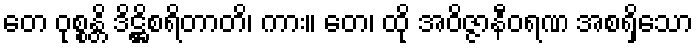
တေ ဝုစ္စန္တိ ဒိဋ္ဌိစရိတာတိ၊ ကား။ တေ၊ ထို အဝိဇ္ဇာနီဝရဏ အစရှိသော